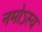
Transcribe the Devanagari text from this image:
नमोऽस्य